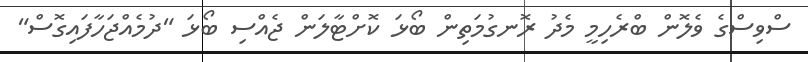
ސްވިސްގެ ވެލޮން ބްރެހިމީ މެދު ރޮނގުމަތިން ބޯޅަ ކޮށްޓާލަން ޖެއްސި ބޯޅަ "ދުމެއްޖަހާފައިގޮސް"